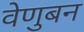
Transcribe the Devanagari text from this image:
वेणुबन